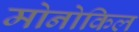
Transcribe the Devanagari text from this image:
मोनोकिल